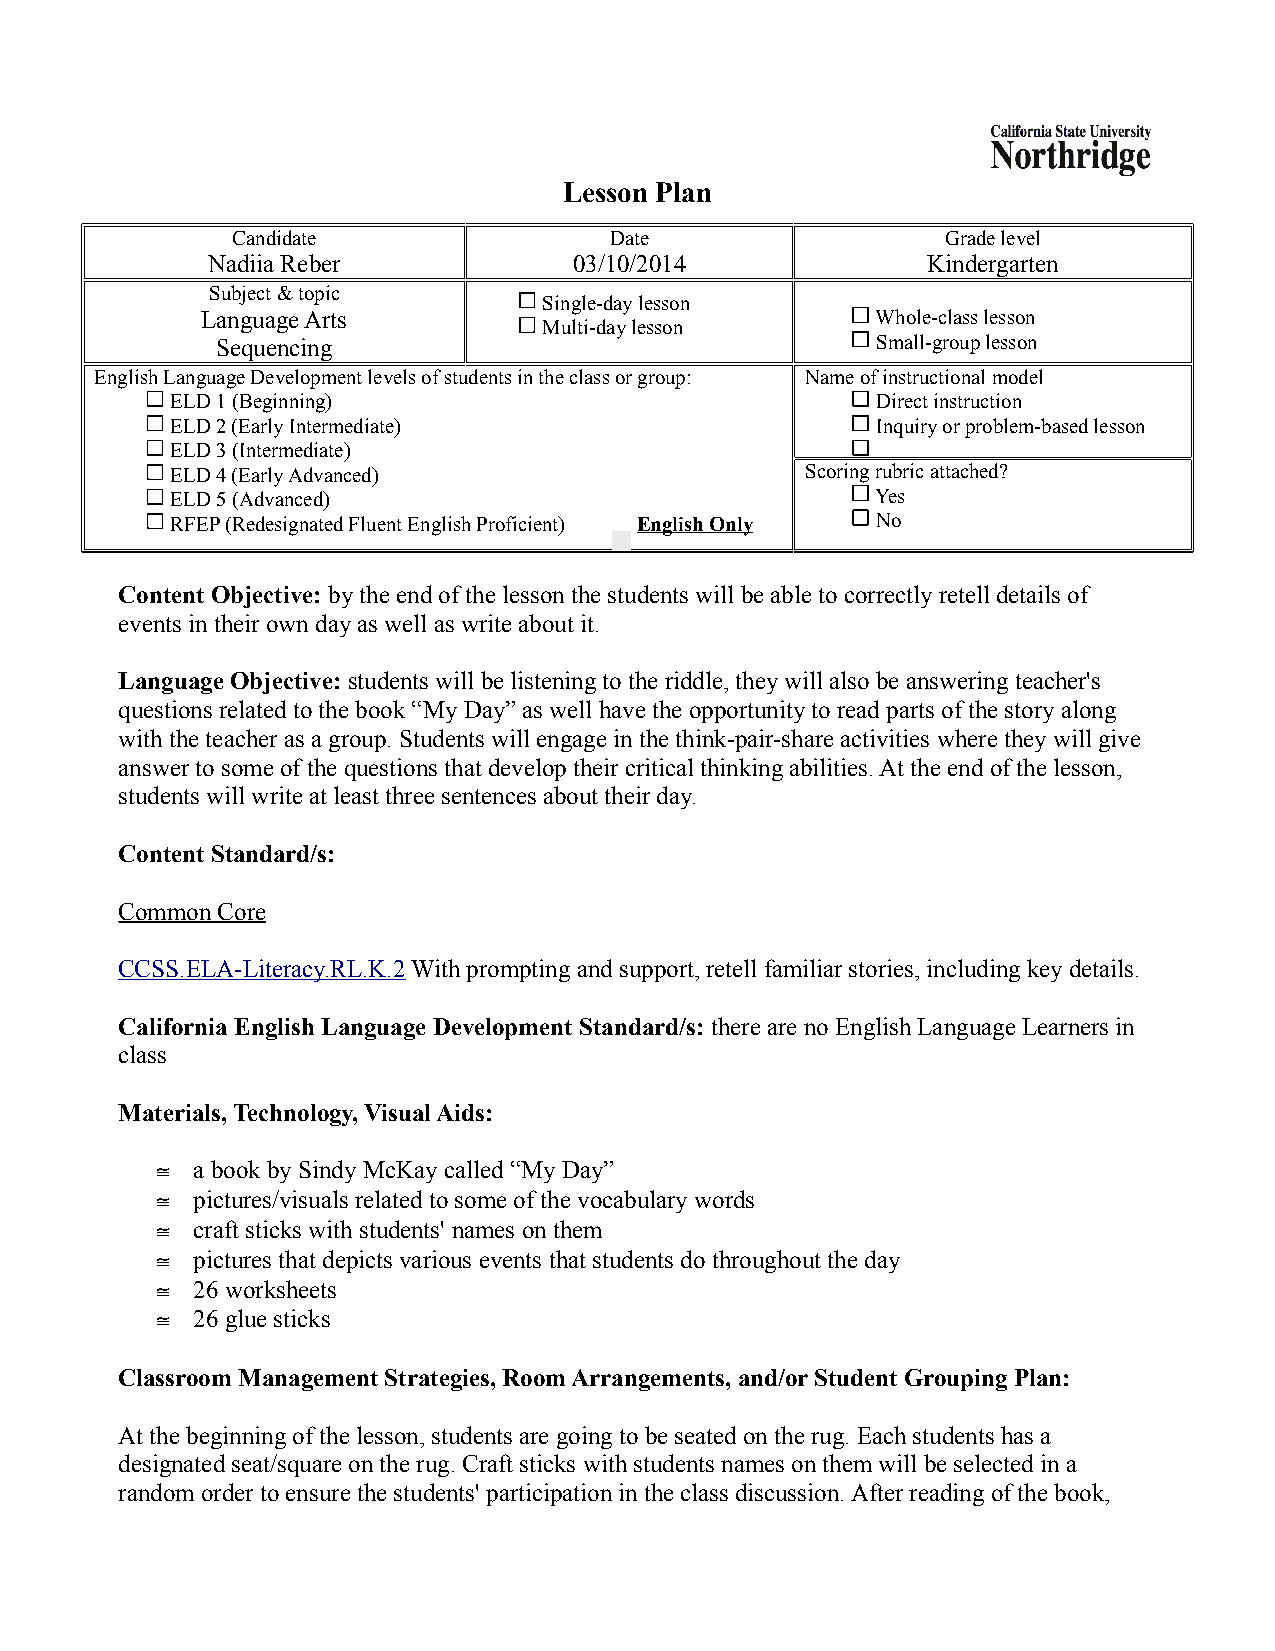
Lesson Plan
 Candidate                Date                   Grade level
 Nadiia Reber            03/10/2014             Kindergarten
 Subject & topic
 Single-day lesson
 Language Arts                                Whole-class lesson
 Multi-day lesson
 Sequencing                                  Small-group lesson
 English Language Development levels of students in the class or group: Name of instructional model
 ELD 1 (Beginning)                              Direct instruction
 ELD 2 (Early Intermediate)                     Inquiry or problem-based lesson
 ELD 3 (Intermediate)
 ELD 4 (Early Advanced)                    Scoring rubric attached?
 ELD 5 (Advanced)                               Yes
 RFEP (Redesignated Fluent English Proficient) English Only No
 Content Objective: by the end of the lesson the students will be able to correctly retell details of
 events in their own day as well as write about it.
 Language Objective: students will be listening to the riddle, they will also be answering teacher's
 questions related to the book “My Day” as well have the opportunity to read parts of the story along
 with the teacher as a group. Students will engage in the think-pair-share activities where they will give
 answer to some of the questions that develop their critical thinking abilities. At the end of the lesson,
 students will write at least three sentences about their day.
 Content Standard/s:
 Common Core
 CCSS.ELA-Literacy.RL.K.2 With prompting and support, retell familiar stories, including key details.
 California English Language Development Standard/s: there are no English Language Learners in
 class
 Materials, Technology, Visual Aids:
   a book by Sindy McKay called “My Day”
   pictures/visuals related to some of the vocabulary words
   craft sticks with students' names on them
   pictures that depicts various events that students do throughout the day
   26 worksheets
   26 glue sticks
 Classroom Management Strategies, Room Arrangements, and/or Student Grouping Plan:
 At the beginning of the lesson, students are going to be seated on the rug. Each students has a
 designated seat/square on the rug. Craft sticks with students names on them will be selected in a
 random order to ensure the students' participation in the class discussion. After reading of the book,